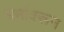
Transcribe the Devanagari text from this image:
धर्मावरून